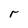
Character: r